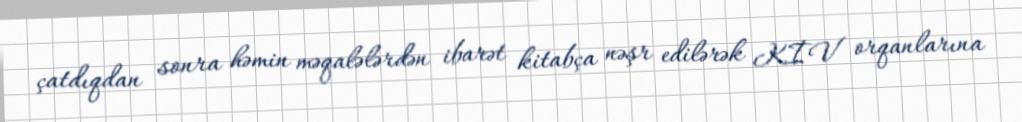
çatdıqdan sonra həmin məqalələrdən ibarət kitabça nəşr edilərək KİV orqanlarına